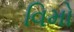
વિમો